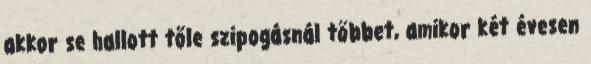
akkor se hallott tőle szipogásnál többet, amikor két évesen